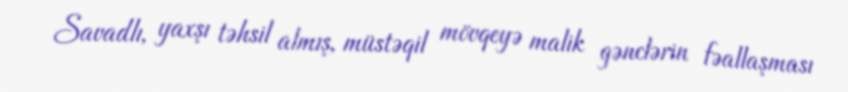
Savadlı, yaxşı təhsil almış, müstəqil mövqeyə malik gənclərin fəallaşması